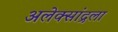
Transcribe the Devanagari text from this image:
अलेक्सांद्रला